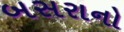
બસરાનો